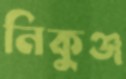
নিকুঞ্জ